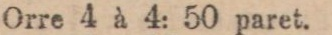
Orre 4 à 4: 50 paret.